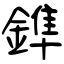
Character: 鎨